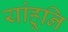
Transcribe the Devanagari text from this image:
यांहूनि